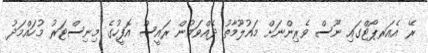
ރޭ އެއަރޕޯޓްގައި ނޫސް ވެރިންނަށް މައުލޫމާތު ދެއްވަމުން ރައީސް އޮފީހުގެ މިނިސްޓަރު މުހައްމަދު